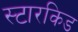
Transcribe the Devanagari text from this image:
स्टारकिड